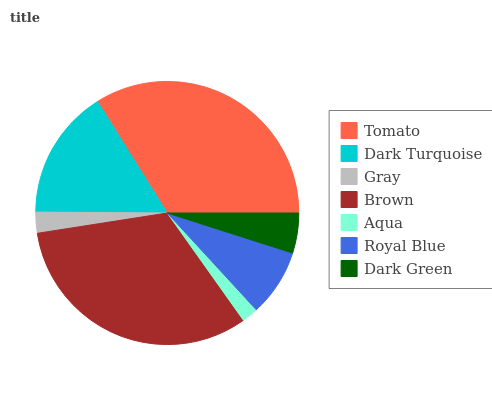
| Tomato | Dark Turquoise | Gray | Brown | Aqua | Royal Blue | Dark Green |
 | --- | --- | --- | --- | --- | --- | --- |
 | 33.9% | 16.1% | 2.58% | 32.3% | 2% | 8.24% | 4.92% |